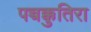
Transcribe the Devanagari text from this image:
पच्चक्कुतिरा